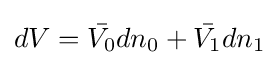
dV={\bar {V_{0}}}dn_{0}+{\bar {V_{1}}}dn_{1}